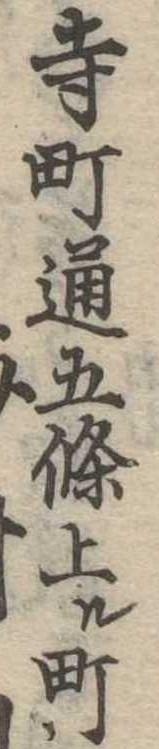
寺町通五条上ル町